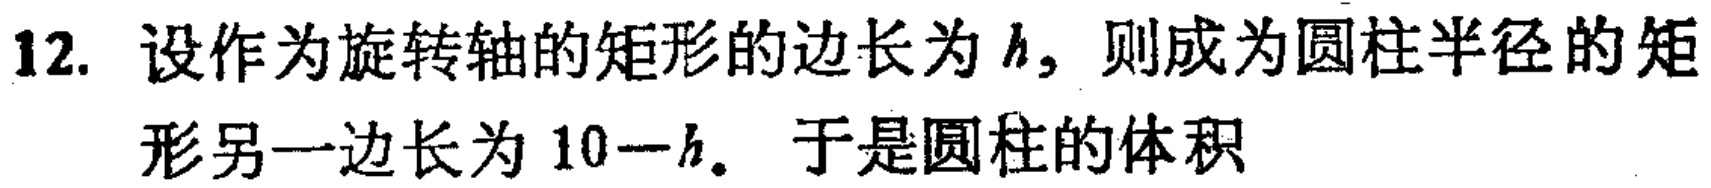
12. 设作为旋转轴的矩形的边长为\(h\)，则成为圆柱半径的矩形另一边长为\(10 - h\)。于是圆柱的体积